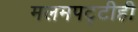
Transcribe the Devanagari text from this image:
मलमपट्टीही